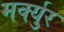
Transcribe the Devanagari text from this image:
मर्क्युर